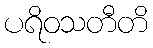
ပရိဝသတီတိ